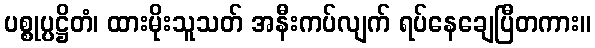
ပစ္စုပ္ပဋ္ဌိတံ၊ ထားမိုးသူသတ် အနီးကပ်လျက် ရပ်နေချေပြီတကား။